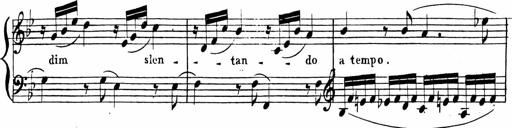
Title: 2 Piano Sonatinas
Composer: Ferdinand Ries